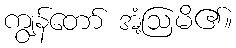
ကျွန်တော် အံ့ဩမိ၏။